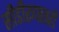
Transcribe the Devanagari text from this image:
सीडीरूपातही